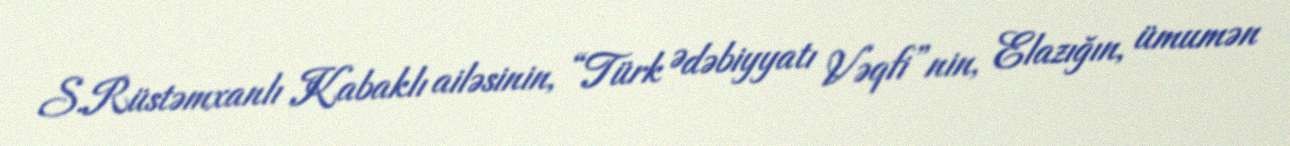
S.Rüstəmxanlı Kabaklı ailəsinin, “Türk Ədəbiyyatı Vəqfi”nin, Elazığın, ümumən